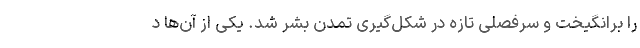
را برانگیخت و سرفصلی تازه در شکل‌گیری تمدن بشر شد. یکی از آن‌ها د